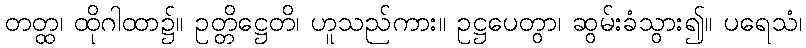
တတ္ထ၊ ထိုဂါထာ၌။ ဥတ္တိဋ္ဌေတိ၊ ဟူသည်ကား။ ဥဋ္ဌပေတွာ၊ ဆွမ်းခံသွား၍။ ပရေသံ၊